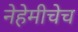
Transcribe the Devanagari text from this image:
नेहेमीचेच